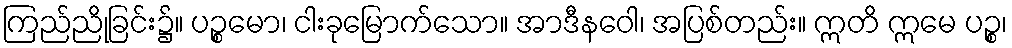
ကြည်ညိုခြင်း၌။ ပဉ္စမော၊ ငါးခုမြောက်သော။ အာဒီနဝေါ၊ အပြစ်တည်း။ ဣတိ ဣမေ ပဉ္စ၊